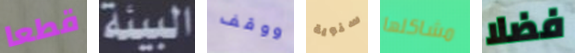
قطعا البيئة ووقف سنوية مشاكلها فضلا